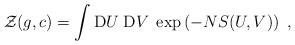
LaTeX: \begin{align*}{\cal Z} (g, c)= \int {\rm D} U \; {\rm D} V \;\exp \left(-NS (U,V) \right)\ ,\end{align*}